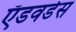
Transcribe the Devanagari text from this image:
ऍडवर्डस